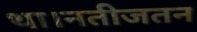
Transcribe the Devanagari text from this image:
था।नतीजतन